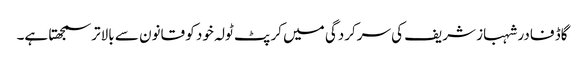
گاڈ فادر شہباز شریف کی سرکردگی میں کرپٹ ٹولہ خود کو قانون سے بالاتر سمجھتا ہے۔